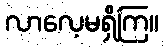
လာလေ့မရှိကြ။